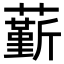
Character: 𧁲